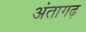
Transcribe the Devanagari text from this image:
अंतागढ़